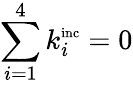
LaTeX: \sum_{i=1}^{4}k_{i}^{\textnormal{\scriptsize inc}}=0